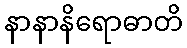
နာနာနိရောဓာတိ